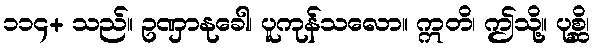
၁၁၄+ သည်။ ဥဏှာနုခေါ၊ ပူကုန်သလော။ ဣတိ၊ ဤသို့။ ပုစ္ဆိ၊